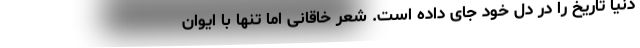
دنیا تاریخ را در دل خود جای داده است. شعر خاقانی اما تنها با ایوان